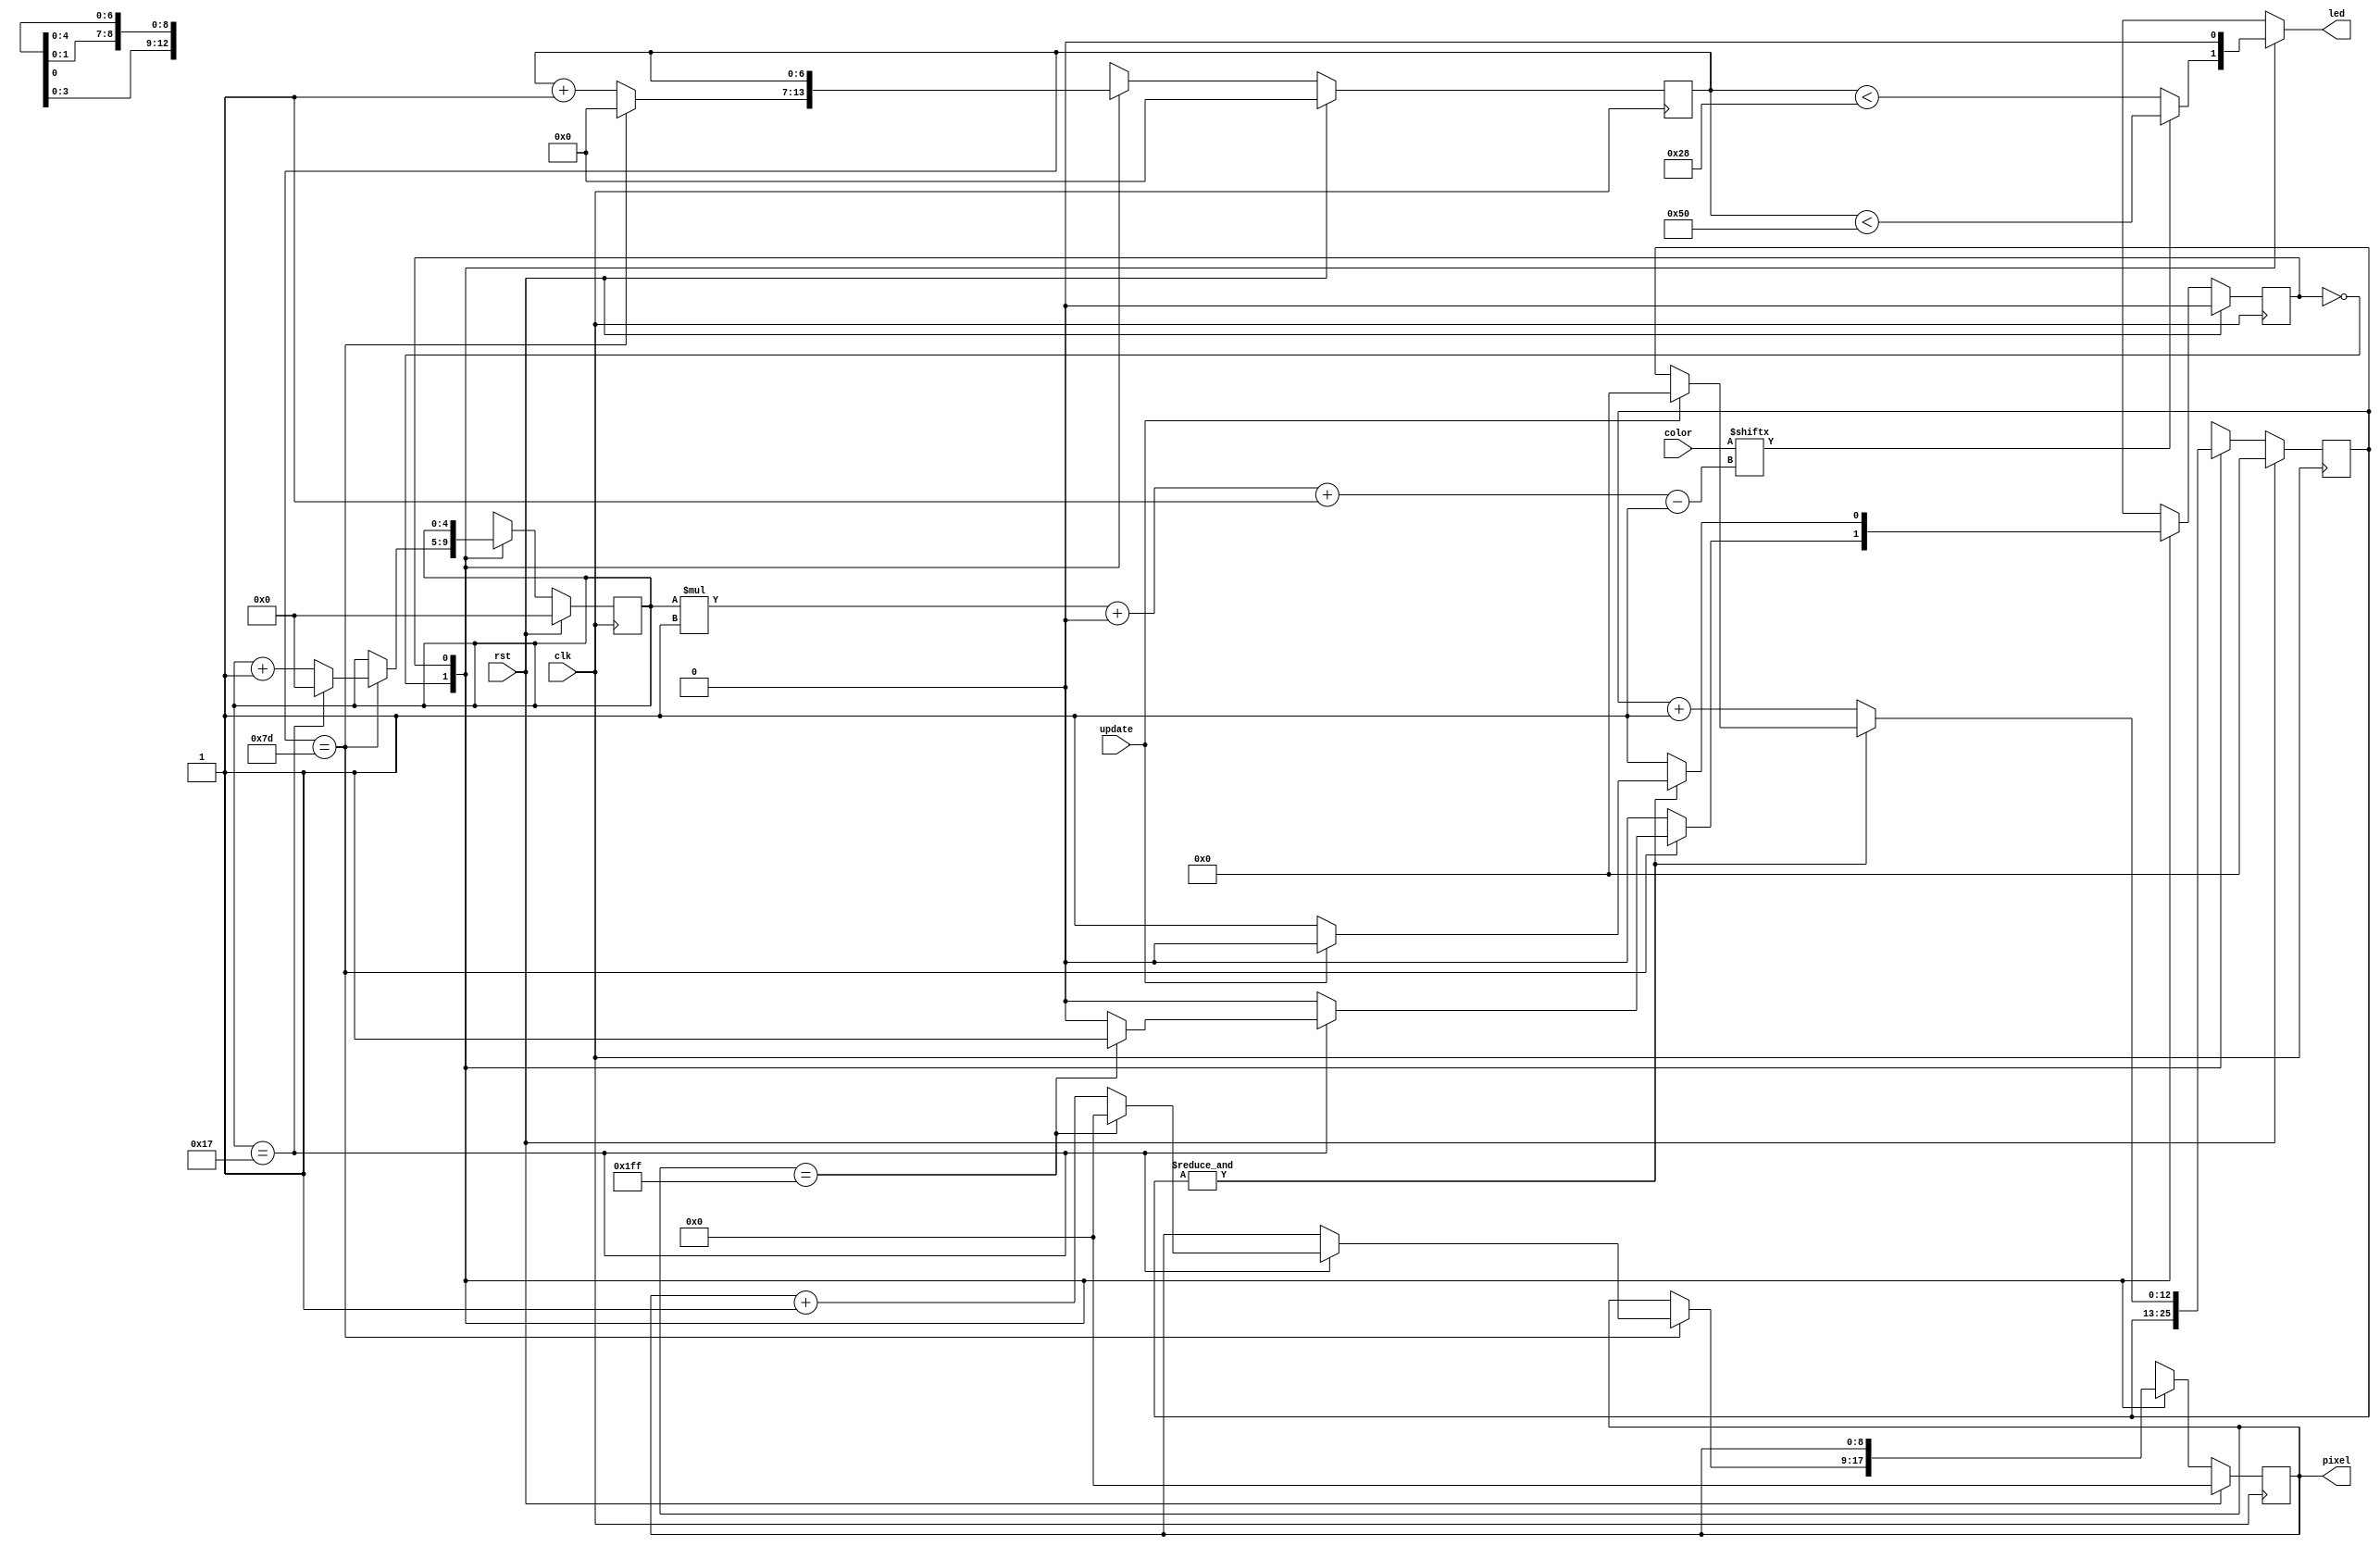
/*
   This file was generated automatically by Alchitry Labs version 1.2.7.
   Do not edit this file directly. Instead edit the original Lucid source.
   This is a temporary file and any changes made to it will be destroyed.
*/

/*
   Parameters:
     PIXEL_COUNT = NUM_PIXELS
*/
module led_writer_21 (
    input clk,
    input rst,
    input update,
    input [23:0] color,
    output reg [8:0] pixel,
    output reg led
  );
  
  localparam PIXEL_COUNT = 12'h200;
  
  
  localparam SEND_PIXEL_state = 1'd0;
  localparam RESET_state = 1'd1;
  
  reg M_state_d, M_state_q = SEND_PIXEL_state;
  reg [8:0] M_pixel_ctr_d, M_pixel_ctr_q = 1'h0;
  reg [4:0] M_bit_ctr_d, M_bit_ctr_q = 1'h0;
  reg [6:0] M_ctr_d, M_ctr_q = 1'h0;
  reg [12:0] M_rst_ctr_d, M_rst_ctr_q = 1'h0;
  
  always @* begin
    M_state_d = M_state_q;
    M_ctr_d = M_ctr_q;
    M_bit_ctr_d = M_bit_ctr_q;
    M_rst_ctr_d = M_rst_ctr_q;
    M_pixel_ctr_d = M_pixel_ctr_q;
    
    led = 1'h0;
    pixel = M_pixel_ctr_q;
    
    case (M_state_q)
      SEND_PIXEL_state: begin
        if (color[(M_bit_ctr_q)*1+0-:1]) begin
          led = M_ctr_q < 7'h50;
        end else begin
          led = M_ctr_q < 6'h28;
        end
        M_ctr_d = M_ctr_q + 1'h1;
        if (M_ctr_q == 7'h7d) begin
          M_ctr_d = 1'h0;
          M_bit_ctr_d = M_bit_ctr_q + 1'h1;
          if (M_bit_ctr_q == 5'h17) begin
            M_bit_ctr_d = 1'h0;
            M_pixel_ctr_d = M_pixel_ctr_q + 1'h1;
            if (M_pixel_ctr_q == 13'h01ff) begin
              M_pixel_ctr_d = 1'h0;
              M_state_d = RESET_state;
            end
          end
        end
      end
      RESET_state: begin
        if ((&M_rst_ctr_q)) begin
          if (update) begin
            M_rst_ctr_d = 1'h0;
            M_state_d = SEND_PIXEL_state;
          end
        end else begin
          M_rst_ctr_d = M_rst_ctr_q + 1'h1;
        end
      end
    endcase
  end
  
  always @(posedge clk) begin
    if (rst == 1'b1) begin
      M_pixel_ctr_q <= 1'h0;
      M_bit_ctr_q <= 1'h0;
      M_ctr_q <= 1'h0;
      M_rst_ctr_q <= 1'h0;
      M_state_q <= 1'h0;
    end else begin
      M_pixel_ctr_q <= M_pixel_ctr_d;
      M_bit_ctr_q <= M_bit_ctr_d;
      M_ctr_q <= M_ctr_d;
      M_rst_ctr_q <= M_rst_ctr_d;
      M_state_q <= M_state_d;
    end
  end
  
endmodule